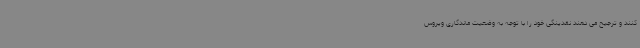
کنند و ترجیح می دهند نقدینگی خود را با توجه به وضعیت ماندگاری ویروس